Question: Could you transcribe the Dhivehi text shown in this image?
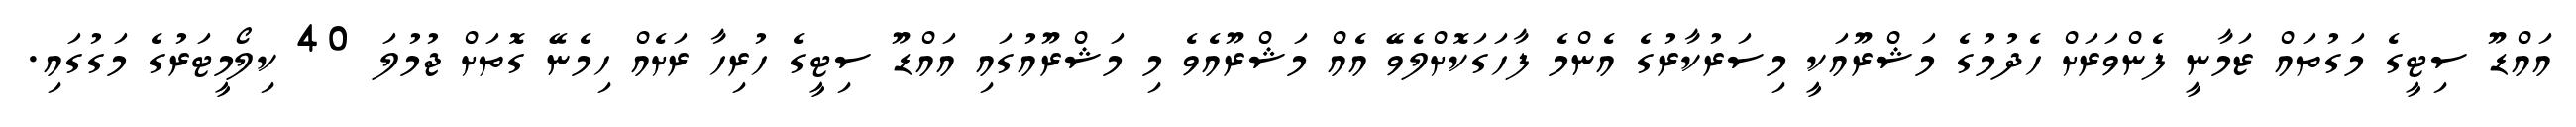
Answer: އައްޑޫ ސިޓީގެ މަގުތައް ޒަމާނީ ފެންވަރަށް ހެދުމުގެ މަޝްރޫއަކީ މިސަރުކާރުގެ އެންމެ ފާހަގަކޮށްލެވޭ އެއް މަޝްރޫއެވެ މި މަޝްރޫއުގައި އައްޑޫ ސިޓީގެ ހުރިހާ ރަށެއް ހިމެނޭ ގޮތަށް ޖުމުލަ 40 ކިލޯމީޓަރުގެ މަގުގައި.